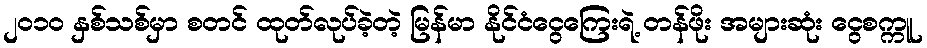
၂၀၁၀ နှစ်သစ်မှာ စတင် ထုတ်လုပ်ခဲ့တဲ့ မြန်မာ နိုင်ငံငွေကြေးရဲ့ တန်ဖိုး အများဆုံး ငွေစက္ကူ